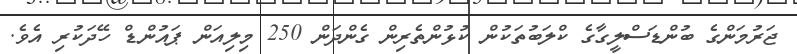
ޖަރުމަންގެ ބުންޑަސްލީގާގެ ކްލަބުތަކުން ކުޅުންތެރިން ގެންދަން 250 މިލިއަން ޕައުންޑް ހޭދަކުރި އެވެ.